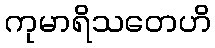
ကုမာရိသတေဟိ